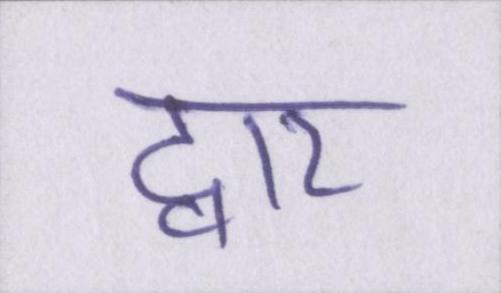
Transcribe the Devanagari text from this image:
द्वार